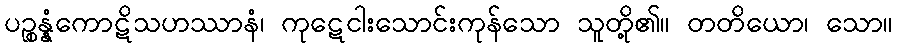
ပဉ္စန္နံကောဋိသဟဿာနံ၊ ကုဋေငါးသောင်းကုန်သော သူတို့၏။ တတိယော၊ သော။